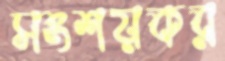
সংশয়কর